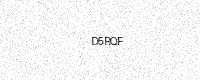
Text: D5RQF